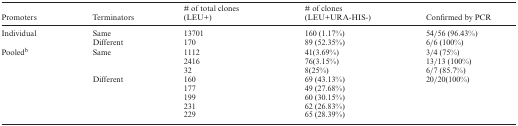
| Promoters | Terminators | # of total clones (LEU+) | # of clones (LEU+URA-HIS-) | Confirmed by PCR |
 | --- | --- | --- | --- | --- |
 | Individual | Same | 13701 | 160 (1.17%) | 54/56 (96.43%) |
 |  | Different | 170 | 89 (52.35%) | 6/6 (100%) |
 | Pooledb | Same | 1112 | 41(3.69%) | 3/4 (75%) |
 |  |  | 2416 | 76(3.15%) | 13/13 (100%) |
 |  |  | 32 | 8(25%) | 6/7 (85.7%) |
 |  | Different | 160 | 69 (43.13%) | 20/20(100%) |
 |  |  | 177 | 49 (27.68%) |  |
 |  |  | 199 | 60 (30.15%) |  |
 |  |  | 231 | 62 (26.83%) |  |
 |  |  | 229 | 65 (28.39%) |  |